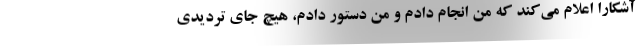
آشکارا اعلام می‌کند که من انجام دادم و من دستور دادم، هیچ جای تردیدی